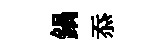
鍋忝